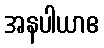
အနပါယာဧ